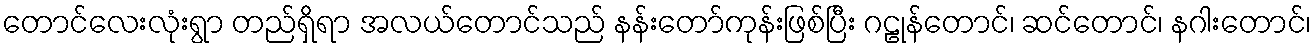
တောင်လေးလုံးရွာ တည်ရှိရာ အလယ်တောင်သည် နန်းတော်ကုန်းဖြစ်ပြီး ဂဠုန်တောင်၊ ဆင်တောင်၊ နဂါးတောင်၊